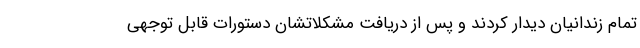
تمام زندانیان دیدار کردند و پس از دریافت مشکلاتشان دستورات قابل توجهی